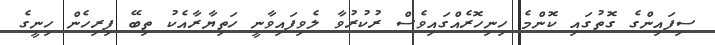
ސިފައިންގެ ގޮތުގައި ކޮންމެ ހިނިހޮރެއްގައިވެސް ރުކުރުވާ ލެވިފައިވާނީ ހަތިޔާރާއެކު ތިބޭ ފިރިހެން ހިނީގެ